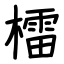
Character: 檑